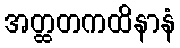
အတ္ထတကထိနာနံ